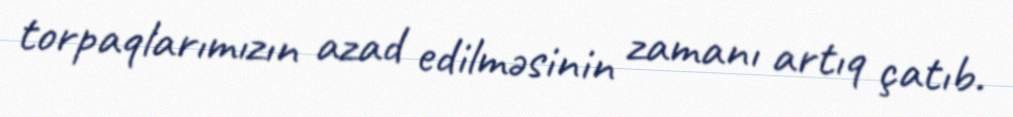
torpaqlarımızın azad edilməsinin zamanı artıq çatıb.